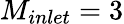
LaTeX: M_{inlet}=3